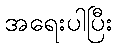
အရေးပါပြီး